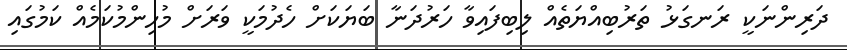
ދަރިންނަކީ ރަނގަޅު ތަރުބިއްޔަތެއް ލިބިފައިވާ ހަރުދަނާ ބަޔަކަށް ހެދުމަކީ ވަރަށް މުހިންމުކަމެއް ކަމުގައި